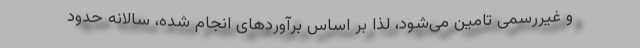
و غیررسمی تامین می‌شود، لذا بر اساس برآوردهای انجام شده، سالانه حدود